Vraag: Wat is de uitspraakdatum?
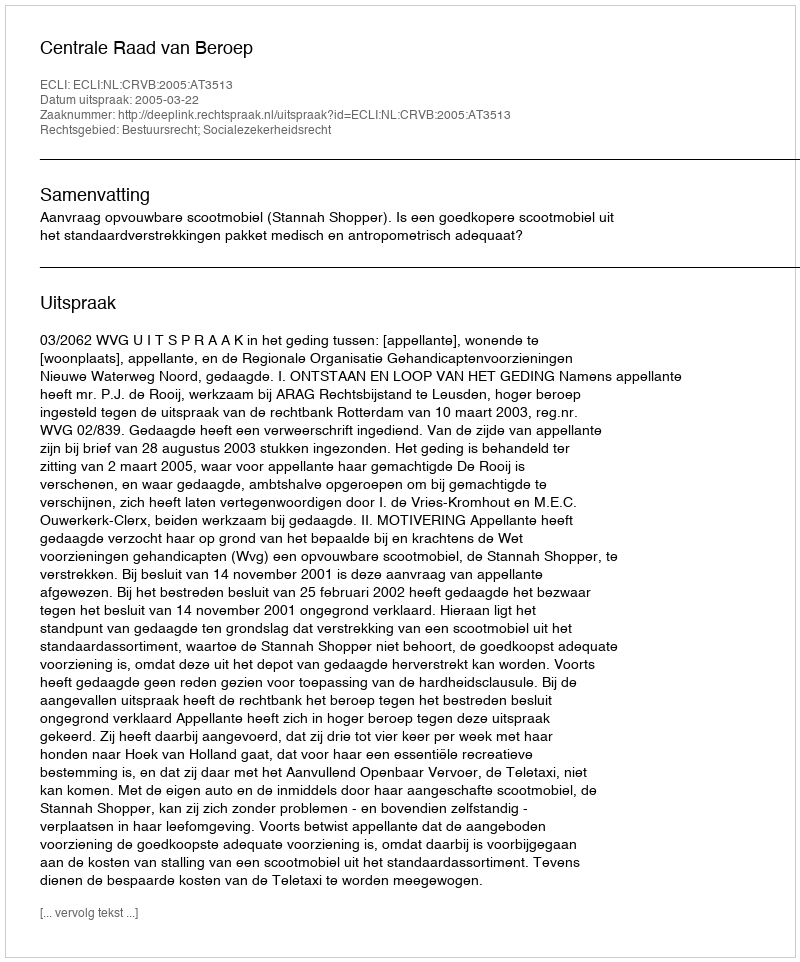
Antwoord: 2005-03-22